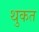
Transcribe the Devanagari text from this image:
थुकत